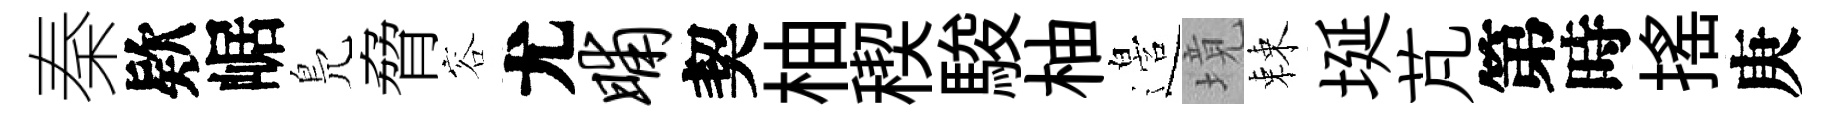
秦欵崌鳬脅容尤晡契柚稧駿柚邉境棘埏芃第時揺庚